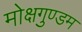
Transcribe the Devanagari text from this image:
मोक्षगुण्डम